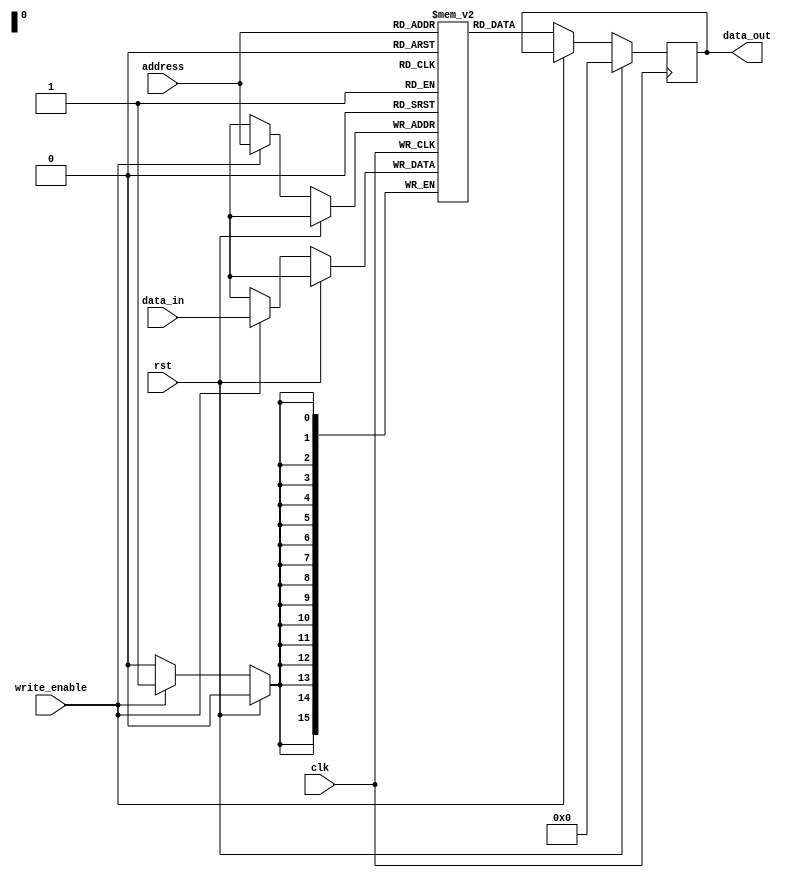
module SDRAM (
    input wire clk,
    input wire rst,
    input wire [15:0] address,
    input wire write_enable,
    input wire [15:0] data_in,
    output reg [15:0] data_out
);

reg [15:0] memory [0:65535]; // Memory array with 64K locations

// Sequential logic for reading and writing operations
always @(posedge clk) begin
    if (rst) begin
        data_out <= 16'h0; // Reset data_out when rst is high
    end else begin
        if (write_enable) begin
            memory[address] <= data_in; // Write data_in to memory array at specified address
        end else begin
            data_out <= memory[address]; // Read data from memory array at specified address
        end
    end
end

endmodule